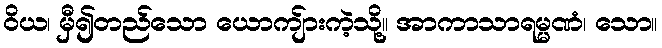
ဝိယ၊ မှီ၍တည်သော ယောကျ်ားကဲ့သို့။ အာကာသာရမ္မဏံ၊ သော။